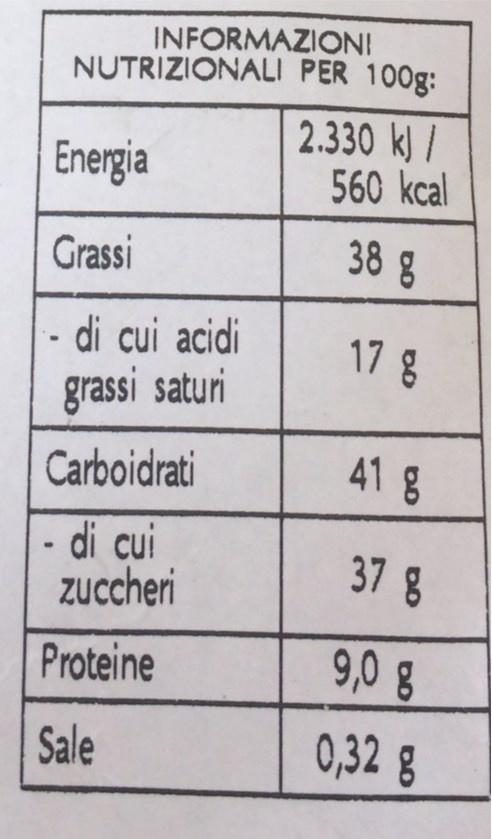
INFORMAZIONI NUTRIZIONALI PER 100g:
Energia
2.330 k) / 560 kcal
38 %
Grassi
- di cui acidi
17 8
grassi saturi
Carboidrati
41g
di cui zuccheri
37 g
Proteine
9,0 g
Sale
0,32 8